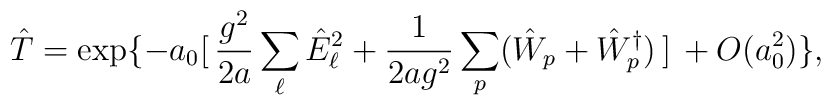
\hat{T} =\exp \{ -a_0 [ \, \frac{g^2}{2a} \sum_\ell \hat{E}_\ell^2+ \frac{1}{2ag^2} \sum_p (\hat{W}_p+\hat{W}_p^\dagger) \, ] \, + O(a_0^2) \} ,